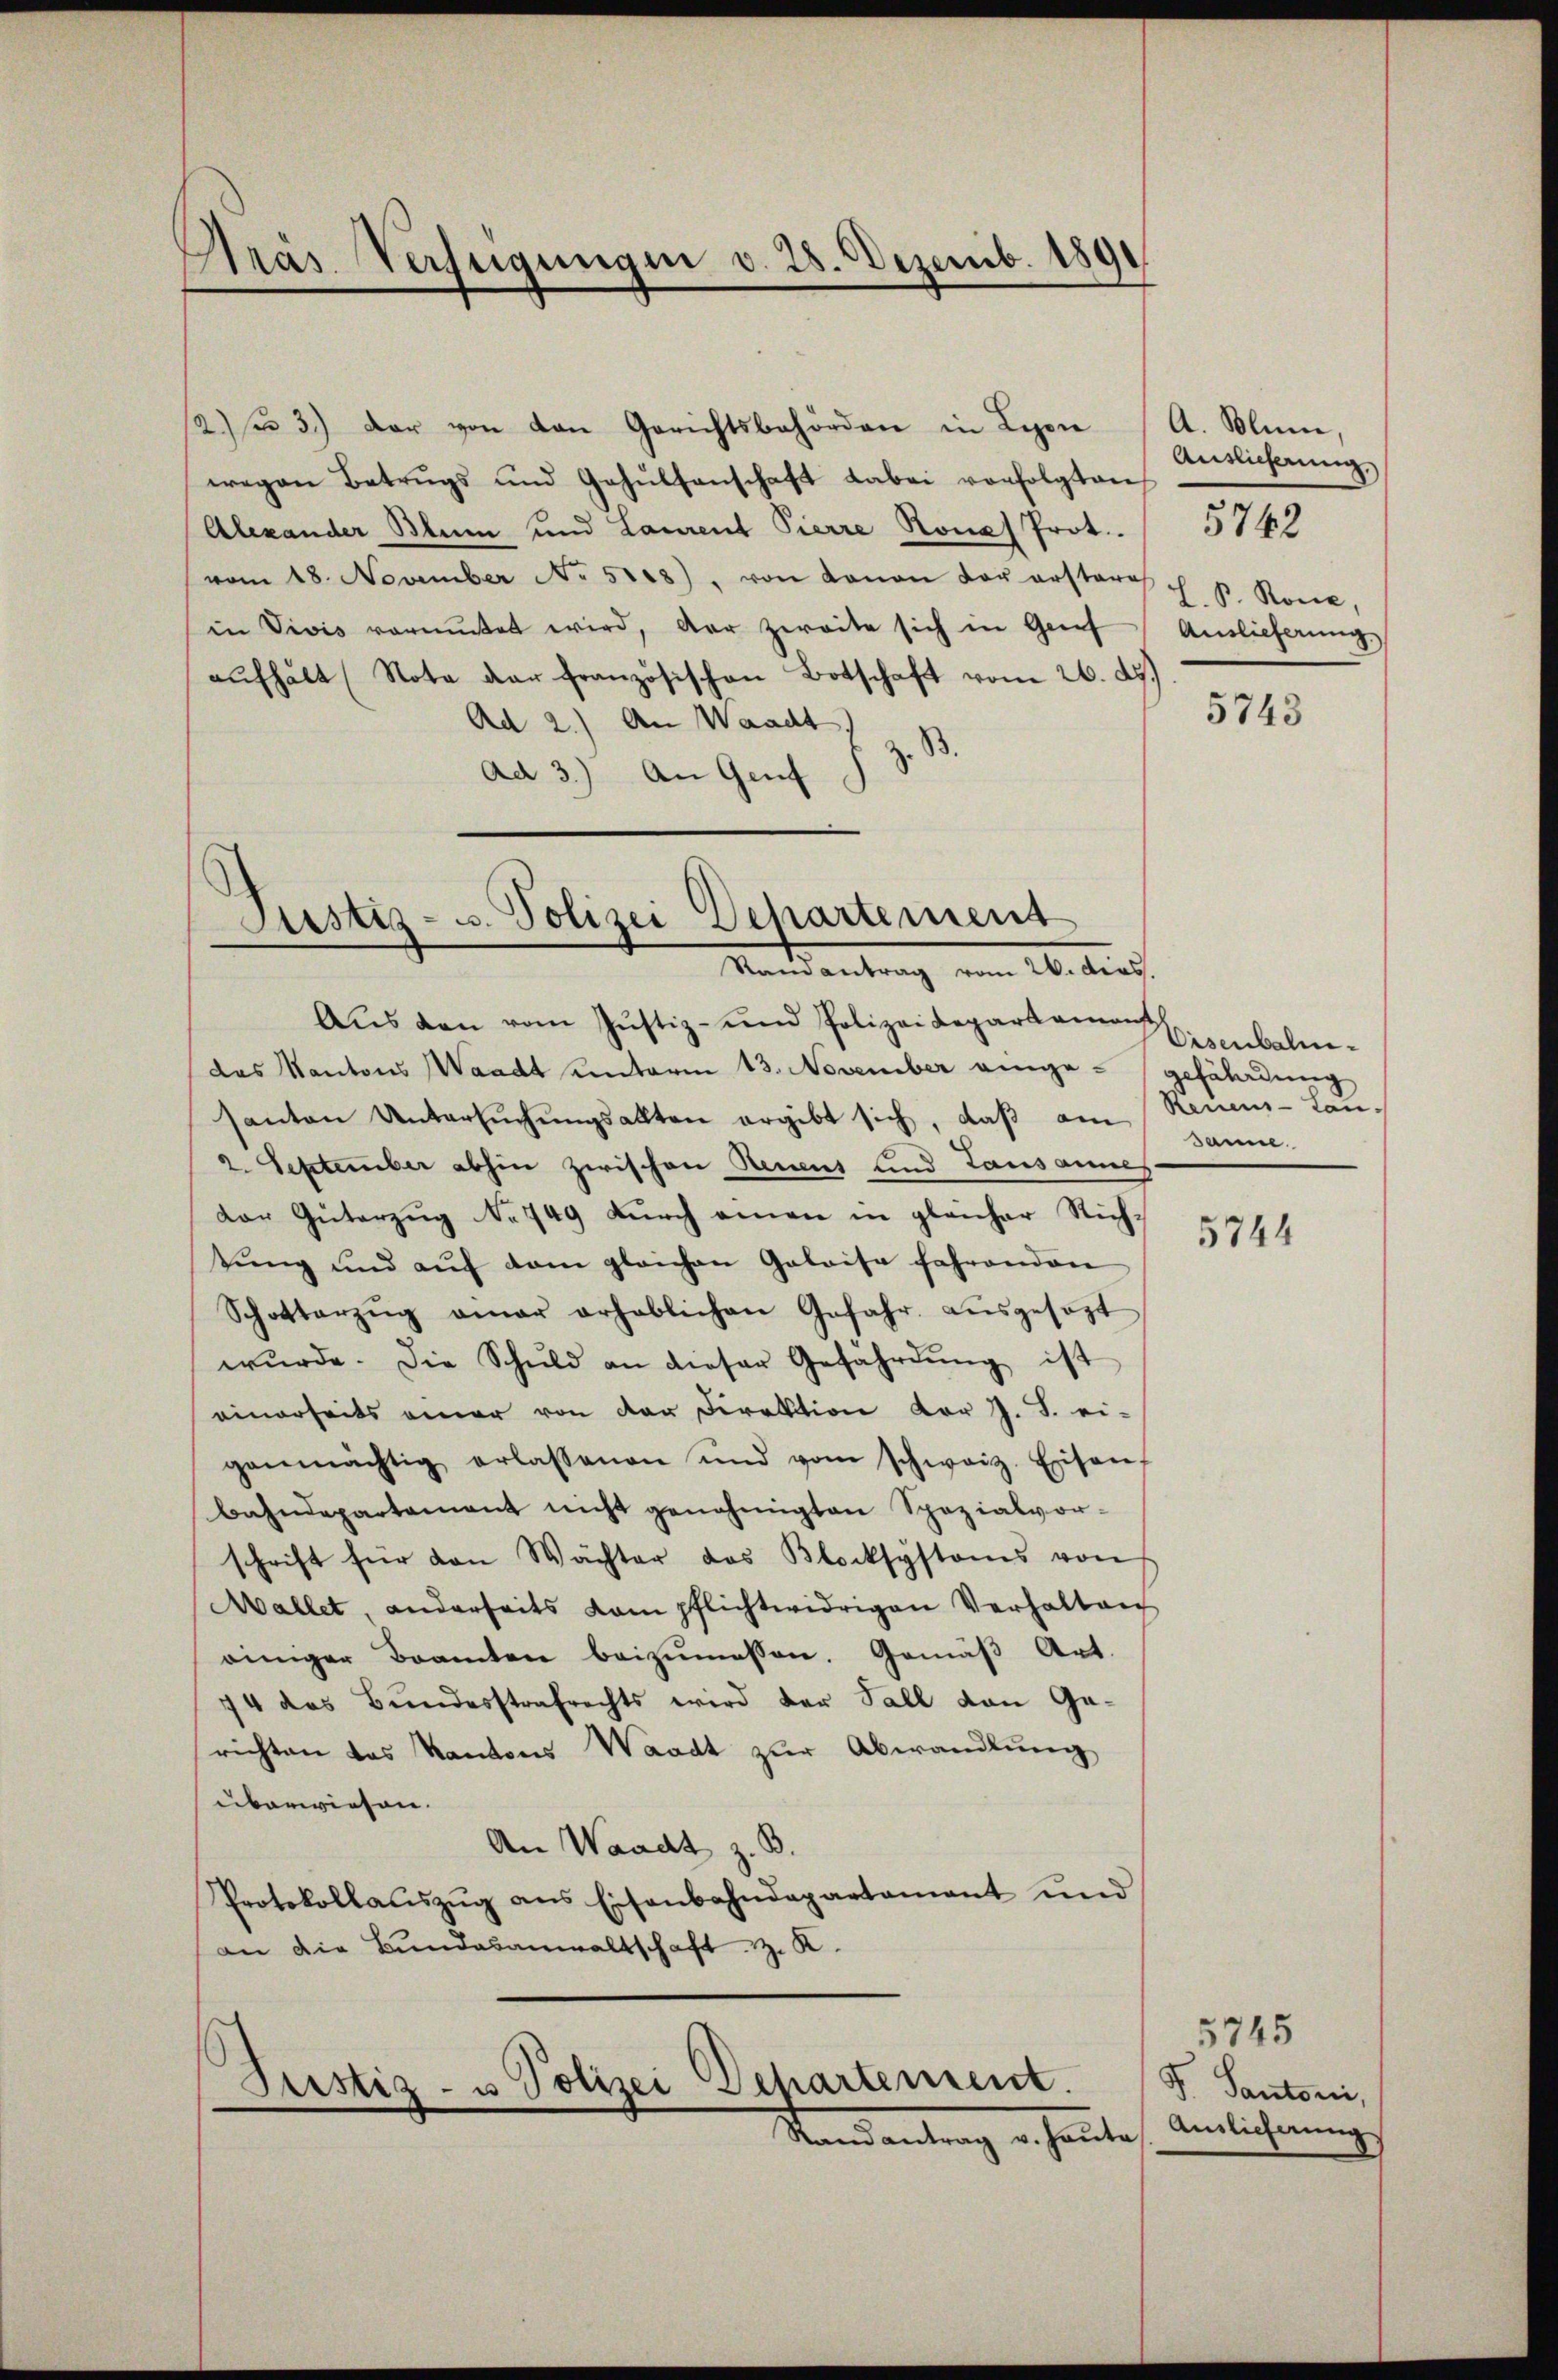
Prás Verfügungen v. 28. Dezemb. 1891

12) 3) der von den Gerichtsbehörden in Leon
wegen Betrugs und Gesŭlsenschaft dabei vorfolgten
Alexander Blum und Laurent Pierre Ronas Prot.
vom 18. November No 5128), von Kanon vor erstera
in Vivis vermutet wird, der zweite sich in Greif
aŭfhalt (Nota der französischen Botschaft vom 26. d.
Ad 2.) An Waadt)
z. B.
ad 3.) An Genf

Justiz- u. Polizei Departement
Ranantrag vom 24. Dies

Justiz- u Polizei Departement.
Standantung gehente

Aŭs den vom Justiz- und Polizeidepartament
das Kantons Waadt unterm 13. November einge- gefährdung
santon Untersuchungsalten ergibt sich, daß am sanie-
2. September abhin zwischen Reueus und Lausannes
dor Güterzug No 749 durch einen in gleicher Richtŭng und aŭf dem gleichen Geleise fahrenden
Schotterzŭg amar erheblichen Gefahr aŭsgesagt
wŭrde. Die Schuld an dieser Gefahrdŭng ist
einerseits einer von der Direktion vor J. J. ei-
genmächtig erlassenen und vom schweiz. Eisen
bahndepartement nicht genehmigten Spezialvor-
schrift für den Wächter das Klocksystems von
Mallet, anderseits vom pflichtwidrigen Verhalten
einiger Beamten beizŭmessen. Gemäβ Art.
74 das Bundesstrafrechts wird der Fall von Ge-
richten das Kantons Waadt zur Abwandlung
überwiesen.
An Waadt z. B.
Protokollaŭszŭg ans Eisenbahndepartamant und
an die Bundesanwaltschaft z. K.

A. Blume
Auslicherung,
L. P. Rone,
Auslieferung

5742

5743

Eisenbahn¬
Reinens-Tau-

5744

5745
G. Santoni,
Auslieferung